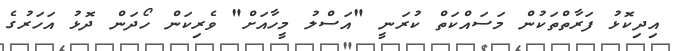
އިދިކޮޅު ފަރާތްތަކުން މަސައްކަތް ކުރަނީ "އަސްލު މީހާއަށް" ވެރިކަން ހޯދަން ދޮޅު އަހަރުގެ